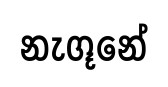
නැගූනේ